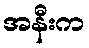
အနီးက